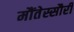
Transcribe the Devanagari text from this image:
मौंतेस्सौरी